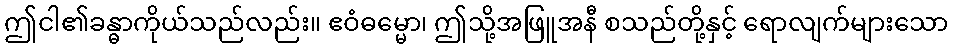
ဤငါ၏ခန္ဓာကိုယ်သည်လည်း။ ဧဝံဓမ္မော၊ ဤသို့အဖြူအနီ စသည်တို့နှင့် ရောလျက်များသော